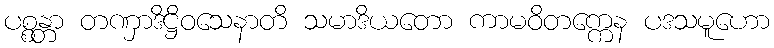
ပစ္စန္တာ တဏှာဒိဋ္ဌိဝသေနာတိ သမာဒိယတော ကာမဝိတက္ကေန ပဒသမူဟော